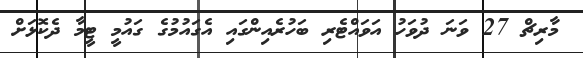
މާރިޗް 27 ވަނަ ދުވަހު އަވައްޓެރި ބަހުރެއިންގައި އެގައުމުގެ ގައުމީ ޓީމާ ދެކޮޅަށް